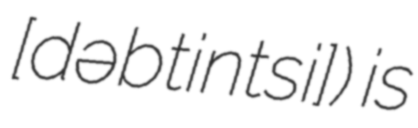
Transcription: [dəɾˈbɛːtintsi]) is